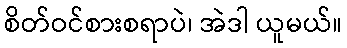
စိတ်ဝင်စားစရာပဲ၊ အဲဒါ ယူမယ်။